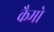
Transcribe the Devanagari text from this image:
कैमो